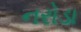
નરોડા